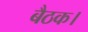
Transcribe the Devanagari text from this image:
बैठक।